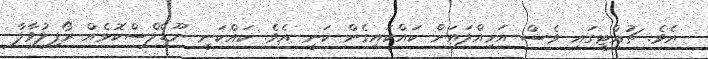
އެވެ. ޗުއްޓީގައި ވެސް އަމިއްލައަށް ކައްކައިގެން ކަނީ އެވެ. ކައްކަނީ ނޫޑްލްސްކޮޅެއް ރޯފިލުވާލާ